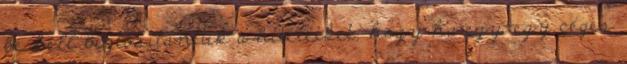
be kell biztosítaniuk a hiteleiket, hogy ha egy-egy céges